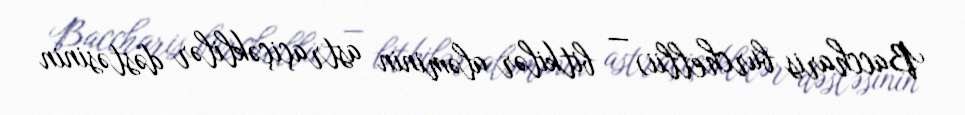
Baccharis burchellii) — bitkilər aləminin astraçiçəklilər dəstəsinin